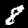
Digit: 8